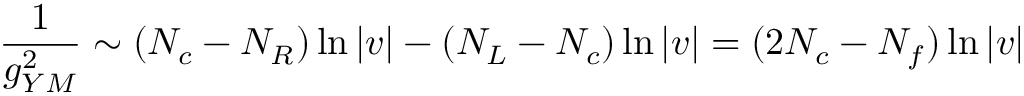
\frac { 1 } { g _ { Y M } ^ { 2 } } \sim ( N _ { c } - N _ { R } ) \ln | v | - ( N _ { L } - N _ { c } ) \ln | v | = ( 2 N _ { c } - N _ { f } ) \ln | v |